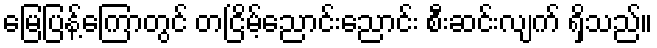
မြေပြန့်ကြောတွင် တငြိမ့်ညောင်းညောင်း စီးဆင်းလျက် ရှိသည်။